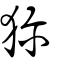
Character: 獮